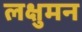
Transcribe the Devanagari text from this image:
लक्षुमन